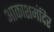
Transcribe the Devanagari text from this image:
आकाशमंदिर